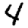
Digit: 4